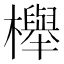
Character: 櫸